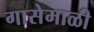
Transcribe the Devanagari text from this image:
गासेमाळी